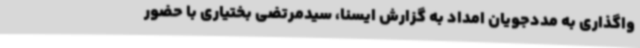
واگذاری به مددجویان امداد به گزارش ایسنا، سیدمرتضی بختیاری با حضور